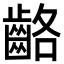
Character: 𪘊